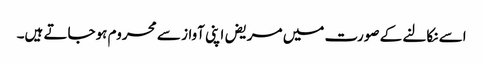
اسے نکالنے کے صورت میں مریض اپنی آواز سے محروم ہوجاتے ہیں۔